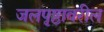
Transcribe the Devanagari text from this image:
जलपृष्ठावरील